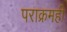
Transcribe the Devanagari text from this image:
पराक्रमही